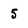
Character: 5